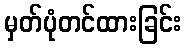
မှတ်ပုံတင်ထားခြင်း